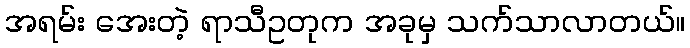
အရမ်း အေးတဲ့ ရာသီဥတုက အခုမှ သက်သာလာတယ်။